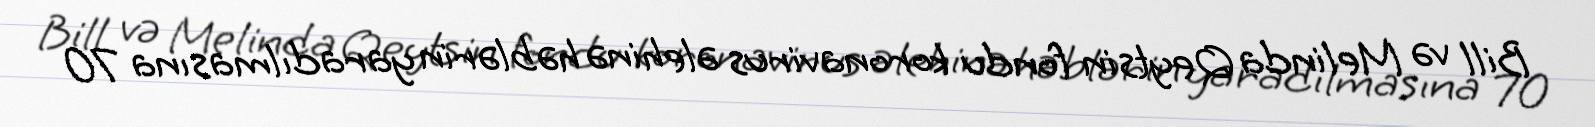
Bill və Melinda Qeytsin fondu koronavirus əlehinə həblərin yaradılmasına 70